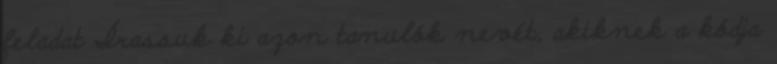
feladat Írassuk ki azon tanulók nevét, akiknek a kódja